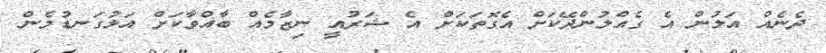
ދެނެއް އަލުން އެ ގެއްލުންދޭކަށް އެގޮތަކަށް އެ ޝަރުއީ ނިޒާމެއް ބާއްވާކަށް އަޅުގަނޑުމެން